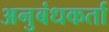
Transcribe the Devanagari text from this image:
अनुबंधकर्ता